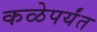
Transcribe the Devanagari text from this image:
कळेपर्यंत